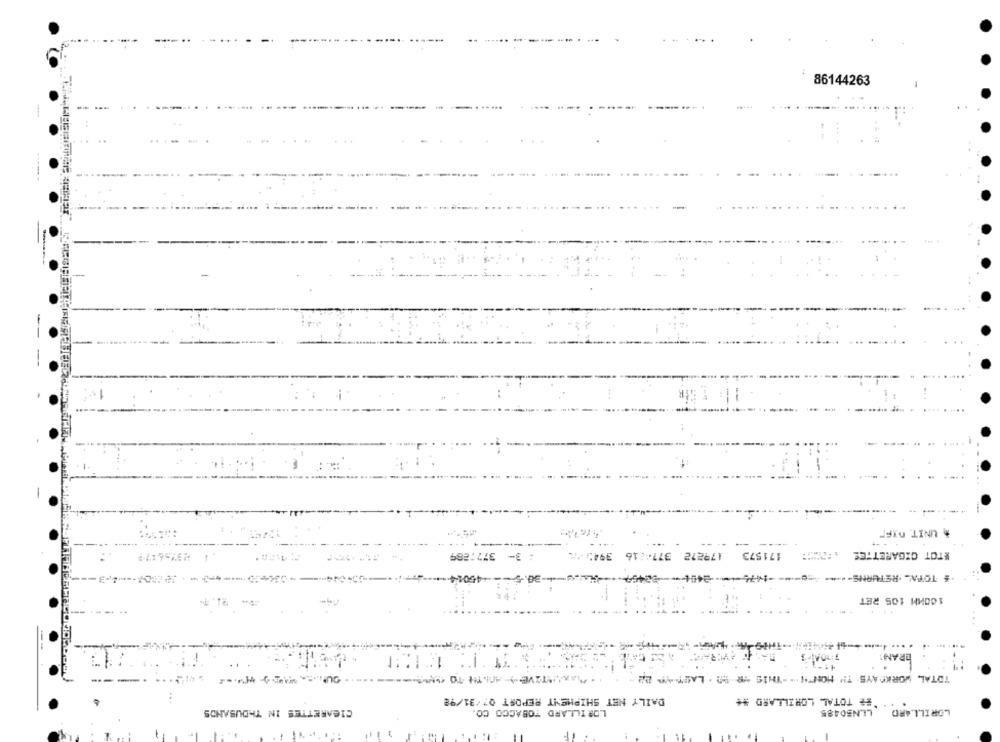
------
86144263
....
. ..
UNIT. NIFF
23756179
377:289
171573 179272 377-216 39437
*TOT CIGARETTES
--- 45014
-2404
·# TOTAL RETURNS -.-* > ""
100MM 105 RET
.... ..------------
.. . ...
ERAN!
TOTAL WORKDAYS TH MONTH " -THIS - - LAST- 2
DAILY NET SHIPMENT REPORT 07/31/98
TEE TOTAL LORILLARD #*
CIGARETTES IN THOUSANDS
LOR ILLARD TOBACCO CO.
LLN50485
LORILLARD